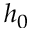
h _ { 0 }